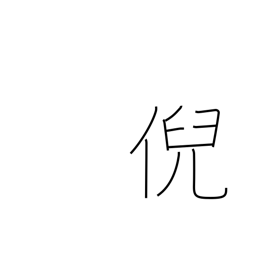
Meaning: stare